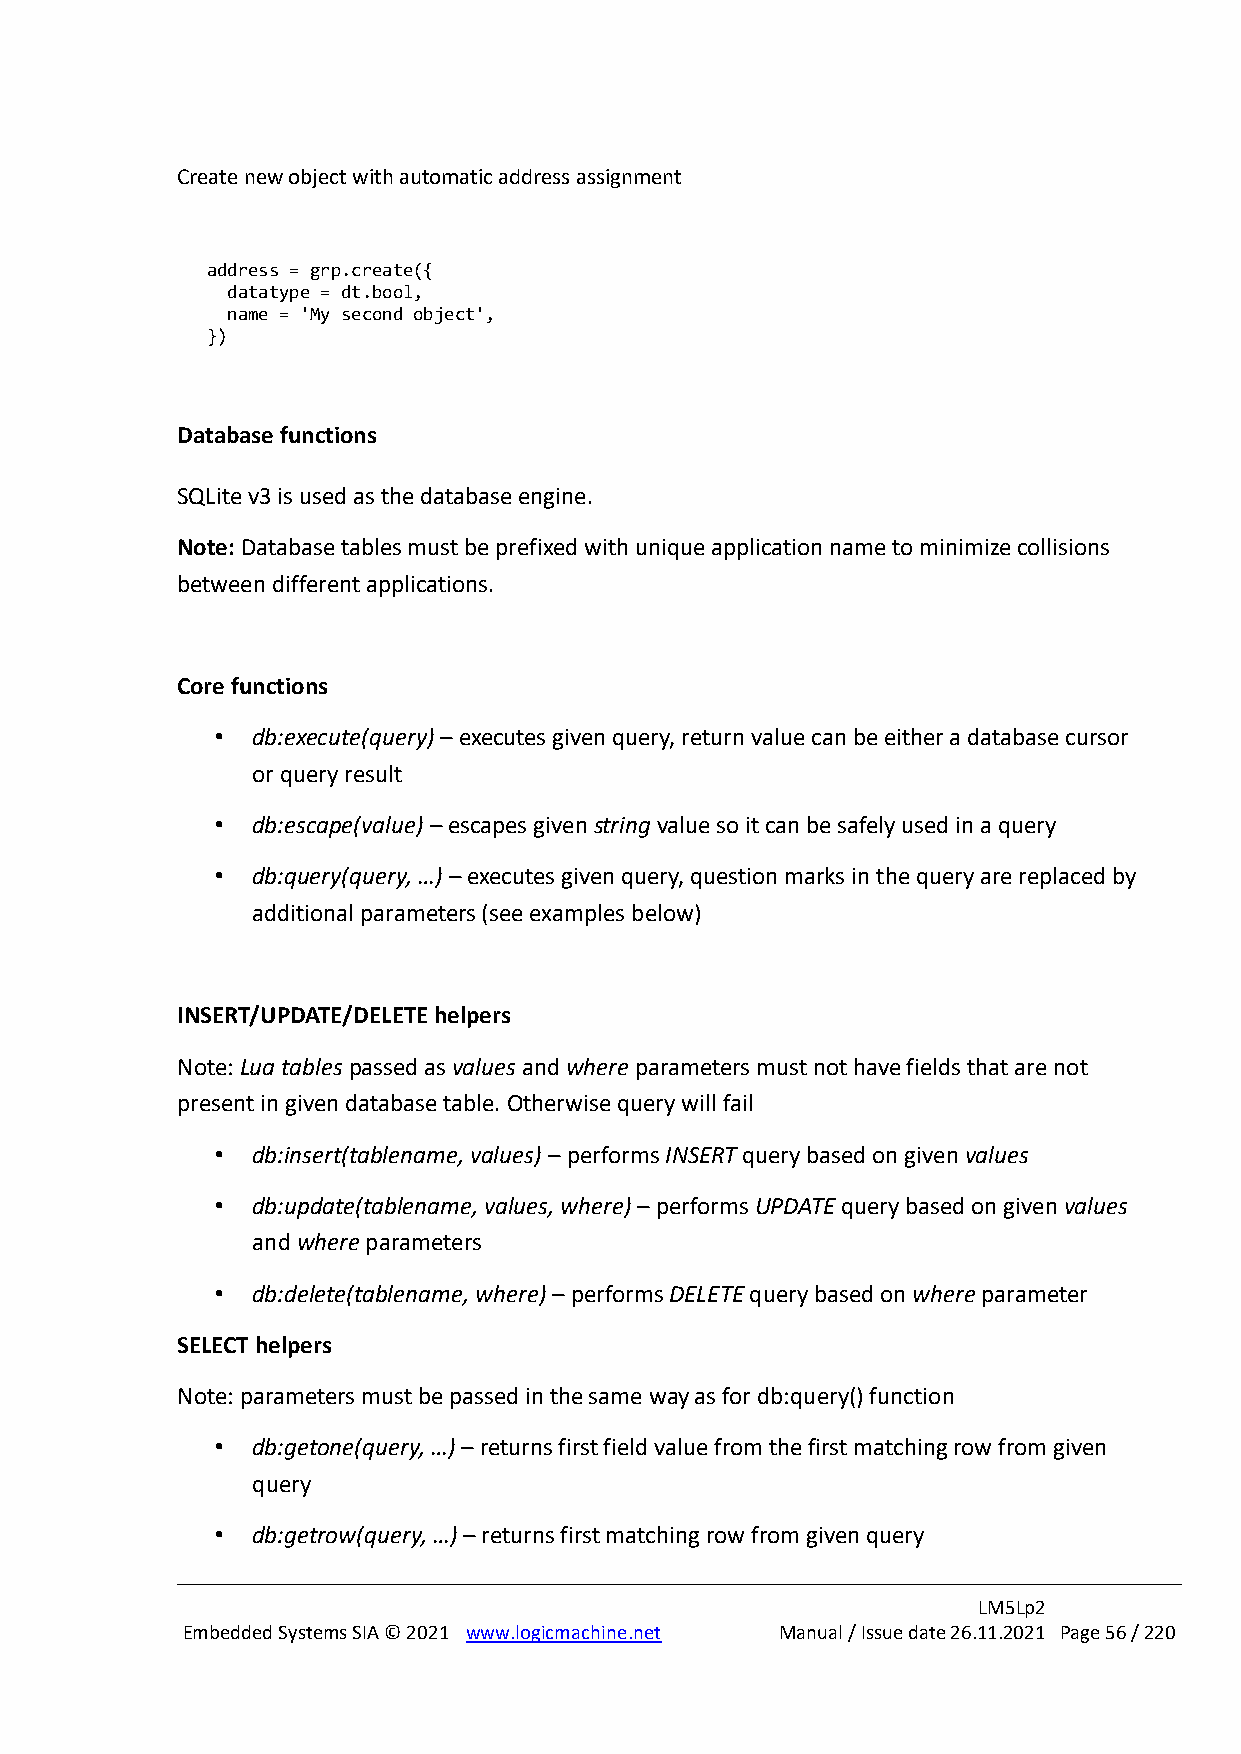
Create new object with automatic address assignment
 address = grp.create({
 datatype = dt.bool,
 name = 'My second object',
 })
 Database functions
 SQLite v3 is used as the database engine.
 Note: Database tables must be prefixed with unique application name to minimize collisions
 between different applications.
 Core functions
 •  db:execute(query) – executes given query, return value can be either a database cursor
 or query result
 •  db:escape(value) – escapes given string value so it can be safely used in a query
 •  db:query(query, …) – executes given query, question marks in the query are replaced by
 additional parameters (see examples below)
 INSERT/UPDATE/DELETE helpers
 Note: Lua tables passed as values and where parameters must not have fields that are not
 present in given database table. Otherwise query will fail
 •  db:insert(tablename, values) – performs INSERT query based on given values
 •  db:update(tablename, values, where) – performs UPDATE query based on given values
 and where parameters
 •  db:delete(tablename, where) – performs DELETE query based on where parameter
 SELECT helpers
 Note: parameters must be passed in the same way as for db:query() function
 •  db:getone(query, …) – returns first field value from the first matching row from given
 query
 •  db:getrow(query, …) – returns first matching row from given query
 LM5Lp2
 Embedded Systems SIA © 2021 www.logicmachine.net Manual / Issue date 26.11.2021 Page 56 / 220